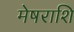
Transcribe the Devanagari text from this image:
मेषराशि